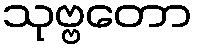
သုဗ္ဗတော